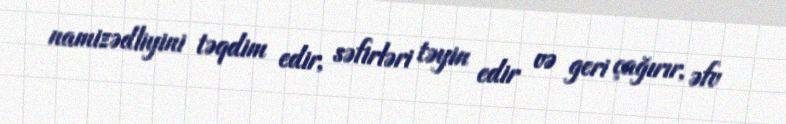
namizədliyini təqdim edir, səfirləri təyin edir və geri çağırır, əfv